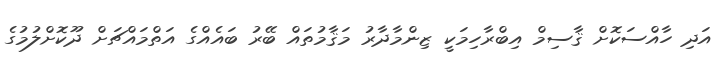
އަދި ހާއްސަކޮށް ޤާސިމް އިބްރާހިމަކީ ޒިންމާދާރު މަޤާމުތައް ބޭރު ބައެއްގެ އަތްމައްޗަށް ދޫކޮށްލުމުގެ